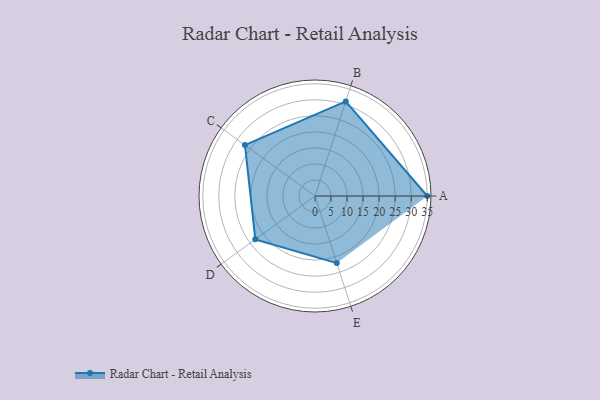
{"axis": {"x": "Skill", "y": "Score"}, "legend": ["Profile"], "data": [{"x": "A", "y": 35.0, "type": "Profile"}, {"x": "B", "y": 31.0, "type": "Profile"}, {"x": "C", "y": 27.0, "type": "Profile"}, {"x": "D", "y": 23.0, "type": "Profile"}, {"x": "E", "y": 22.0, "type": "Profile"}]}